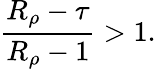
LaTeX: \frac{R_{\rho}-\tau}{R_{\rho}-1}>1.